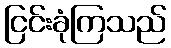
ငြင်းခုံကြသည်